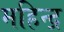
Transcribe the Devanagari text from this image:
महिन्द्र